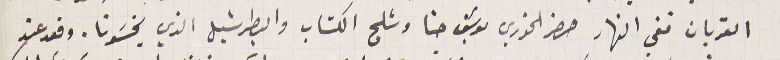
القربان ففي النهار حضر الخوري يوسَف حنا وشلح الكتاب والبطرشيل الذي يخسَونا. وقعد عند